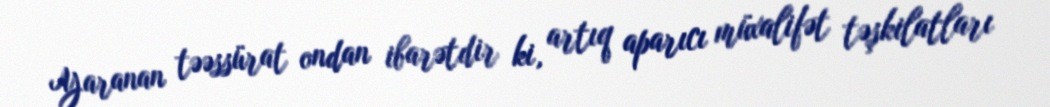
Yaranan təəssürat ondan ibarətdir ki, artıq aparıcı müxalifət təşkilatları